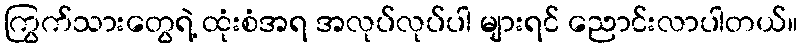
ကြွက်သားတွေရဲ့ ထုံးစံအရ အလုပ်လုပ်ပါ များရင် ညောင်းလာပါတယ်။